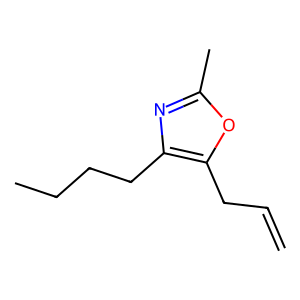
SMILES: C=CCc1oc(C)nc1CCCC
Inhibits HIV replication: No